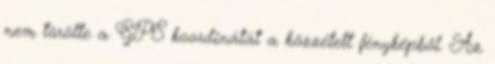
nem törölte a GPS koordinátát a közzétett fényképből. Az